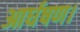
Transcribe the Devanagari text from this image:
आर्धषण।